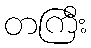
တကြီး